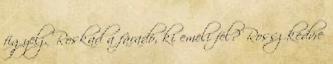
figyelj. Roskad a fáradó, ki emeli fel? Rossz kedvre